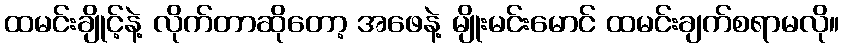
ထမင်းချိုင့်နဲ့ လိုက်တာဆိုတော့ အဖေနဲ့ မျိုးမင်းမောင် ထမင်းချက်စရာမလို။